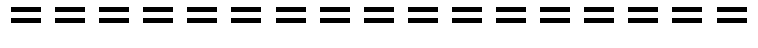
=================